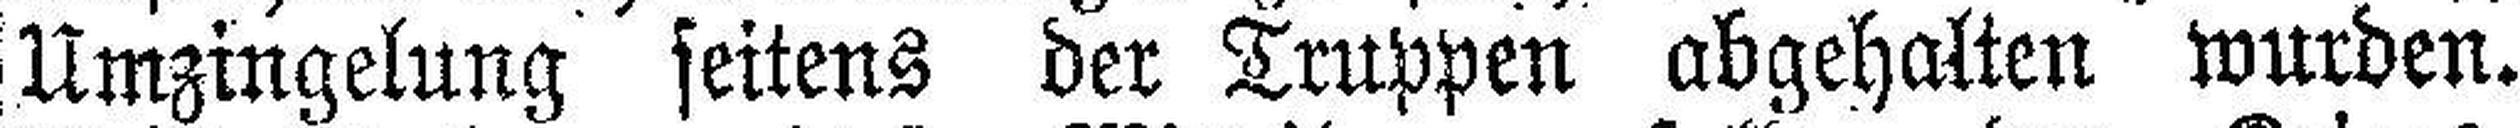
Umzingelung seitens der Truppen abgehalten wurden.